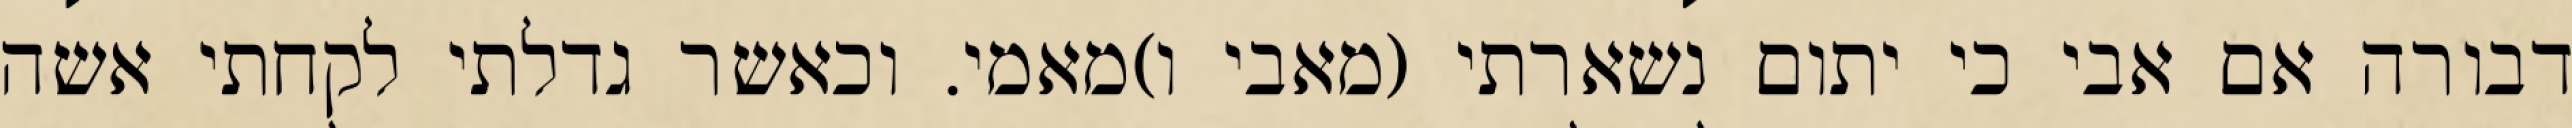
דבורה אם אבי כי יתום נשארתי (מאבי ו)מאמי. וכאשר גדלתי לקחתי אשה